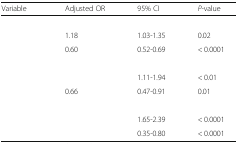
<table><thead><tr><td><b>Variable</b></td><td><b>Adjusted OR</b></td><td><b>95% CI</b></td><td><b><i>P</i>-value</b></td></tr></thead><tbody><tr><td colspan="4">[EMPTY_CELL]</td></tr><tr><td>[EMPTY_CELL]</td><td>1.18</td><td>1.03-1.35</td><td>0.02</td></tr><tr><td>[EMPTY_CELL]</td><td>0.60</td><td>0.52-0.69</td><td>&lt; 0.0001</td></tr><tr><td colspan="4">[EMPTY_CELL]</td></tr><tr><td>[EMPTY_CELL]</td><td>[EMPTY_CELL]</td><td>1.11-1.94</td><td>&lt; 0.01</td></tr><tr><td>[EMPTY_CELL]</td><td>0.66</td><td>0.47-0.91</td><td>0.01</td></tr><tr><td colspan="4">[EMPTY_CELL]</td></tr><tr><td>[EMPTY_CELL]</td><td>[EMPTY_CELL]</td><td>1.65-2.39</td><td>&lt; 0.0001</td></tr><tr><td>[EMPTY_CELL]</td><td>[EMPTY_CELL]</td><td>0.35-0.80</td><td>&lt; 0.0001</td></tr></tbody></table>